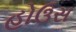
હોઉસ